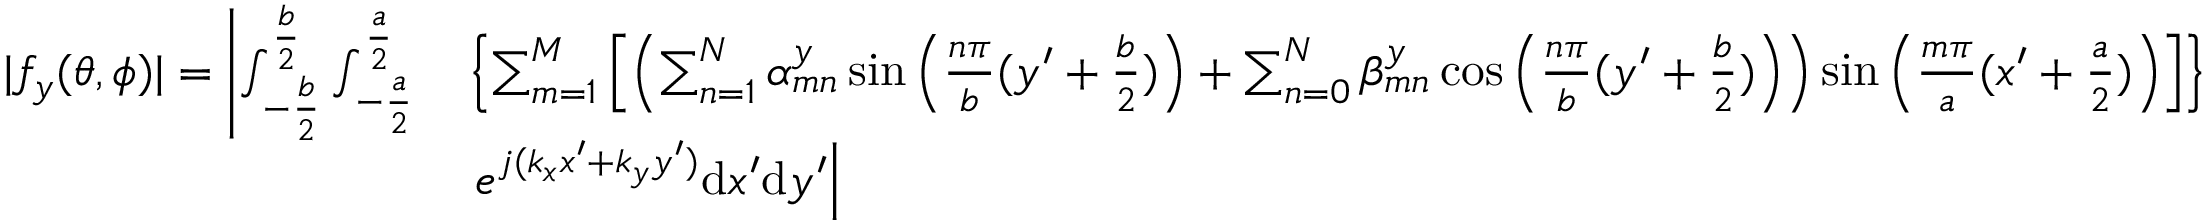
\begin{array} { r l } { | f _ { y } ( \theta , \phi ) | = \left| \int _ { - \frac { b } { 2 } } ^ { \frac { b } { 2 } } { \int _ { - \frac { a } { 2 } } ^ { \frac { a } { 2 } } } \right. } & { \left\{ \sum _ { m = 1 } ^ { M } \left[ \left( \sum _ { n = 1 } ^ { N } \alpha _ { m n } ^ { y } \sin \left( \frac { n \pi } { b } ( y ^ { \prime } + \frac { b } { 2 } ) \right) + \sum _ { n = 0 } ^ { N } \beta _ { m n } ^ { y } \cos \left( \frac { n \pi } { b } ( y ^ { \prime } + \frac { b } { 2 } ) \right) \right) \sin \left( \frac { m \pi } { a } ( x ^ { \prime } + \frac { a } { 2 } ) \right) \right] \right\} } \\ & { \left. e ^ { j ( k _ { x } x ^ { \prime } + k _ { y } y ^ { \prime } ) } \mathrm { d } x ^ { \prime } \mathrm { d } y ^ { \prime } \right| } \end{array}